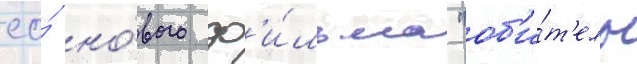
ео́ но́вого ф'и́льма "об'и́т'ель